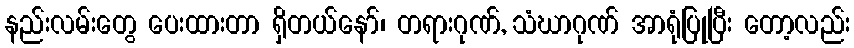
နည်းလမ်းတွေ ပေးထားတာ ရှိတယ်နော်၊ တရားဂုဏ်, သံဃာဂုဏ် အာရုံပြုပြီး တော့လည်း